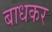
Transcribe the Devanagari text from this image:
बाधकर